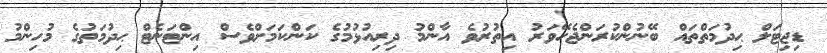
ޑިޖިޓަލް ޙިދުމަތްތައް ބޭނުންކުރަންޖެހޭވަރު އިތުރުވެ އާންމު ދިރިއުޅުމުގެ ކަންކަމަށްވެސް އިންޓަނެޓް ޙިދުމަތުގެ މުހިންމު